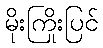
မိုးကြိုးပြင်